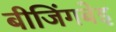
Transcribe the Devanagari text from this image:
बीजिंगबेइ